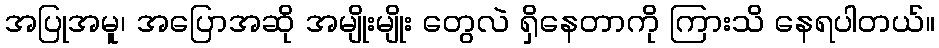
အပြုအမူ၊ အပြောအဆို အမျိုးမျိုး တွေလဲ ရှိနေတာကို ကြားသိ နေရပါတယ်။